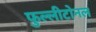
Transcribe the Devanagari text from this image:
फुल्लीटोनल